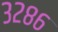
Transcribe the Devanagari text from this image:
३२८६